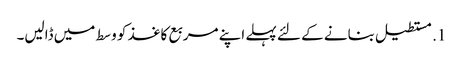
1. مستطیل بنانے کے لئے پہلے اپنے مربع کاغذ کو وسط میں ڈالیں۔